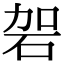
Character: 䂟